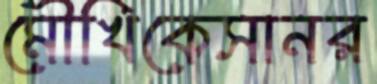
মৌখিকেসানর